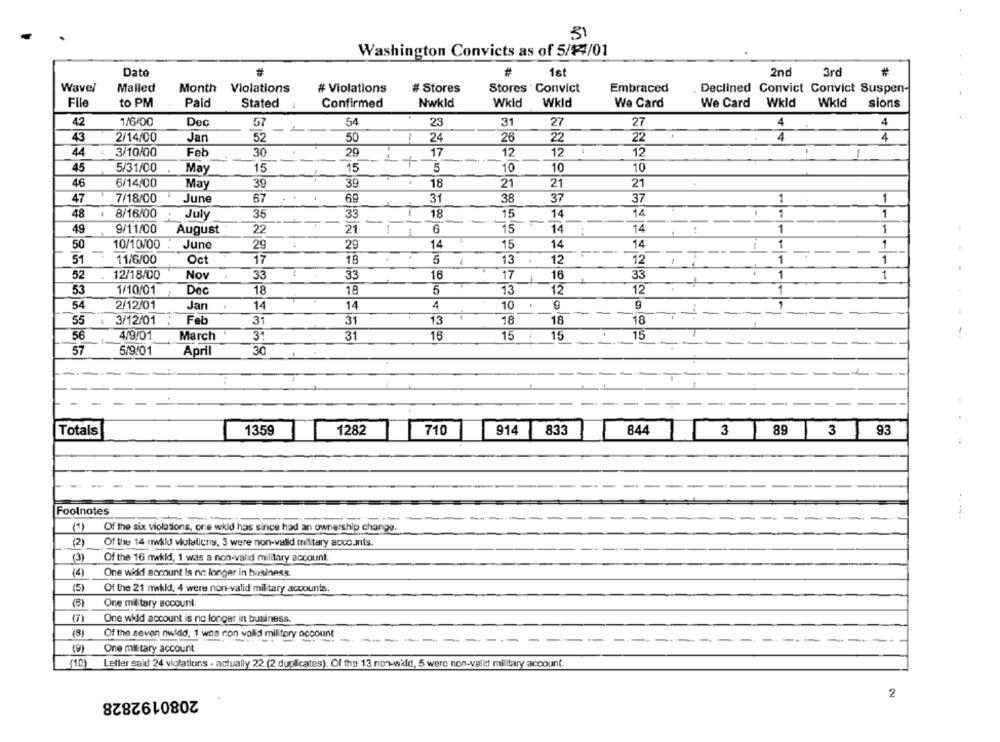
31
Washington Convicts as of 5/14/01
Date
1st
2nd
3rd
Wavel
Malled
Month Violations
# Violations
# Stores
Stores ' Convict
Embraced
Declined Convict Convict Suspen-
Flle
to PM
Paid
Stated
Confirmed
Nwkld
Wkld
Wkld
We Card
We Card Wkld
Wkid
sions
42
1/6/00
Dec
57
54
23
31
27
27
4
4
43
2/14/00
Jan
52
50
1
24
26
22
22
4
4
.
.
44
3/10/00
Feb
30
29
17
12
12
12
--
-+
45
5/31/00
May
15
15
5
10
10
10
46
6/14/00
May
39
39
18
21
21
21
69
47
7/18/00
June
67
31
38
37
37
1
1
48
.
8/16/00
July
35
33
18
15
14
14
1
1
1
49
9/11/00
August
22
21
6
15
14
14
1
1
50
10/10/00
June
14
15
14
14
1
1
29
29
--
51
11/6/00
Oct
17
18
5
13
.
12
1
1
1
12
52
12/18/00
Nov
.
16
16
33
1
1
33
33
17
1
12
53
1/10/01
Dec
18
18
5
13
12
2/12/01
4
9
54
Jan
14
14
10
. .
18
18
55
3/12/01
Feb
31
31
13
18
56
4/9/01
March
3:
31
16
15
15
15
57
5/9/01
April
30
1359
1282
710
914
83
844
Totals
3 89 3 93
Foolnotes
------
Of the six violations, one wild has since had an ownership change.
(2)
Of the 14 mld violalicris, 3 were non-valid military accounts.
(3)
Of the 16 nwkid, 1 was a non-valid military account.
(4)
One wild account is no longer in business
(5)
Of the 21 mwkld, 4 were non-valid military accounts.
(B)
One military account
One wild account is no longer in business.
(8)
Of the seven nwkdd, 1 was non wolid military account
------
----
(9)
One military account.
(10)
Leller said 24 violations - actually 22 (2 duplicates). Of the 13 non-wid, 5 were non-valid military account.
2080192828
2